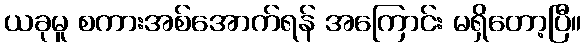
ယခုမူ စကားအစ်အောက်ရန် အကြောင်း မရှိတော့ပြီ။